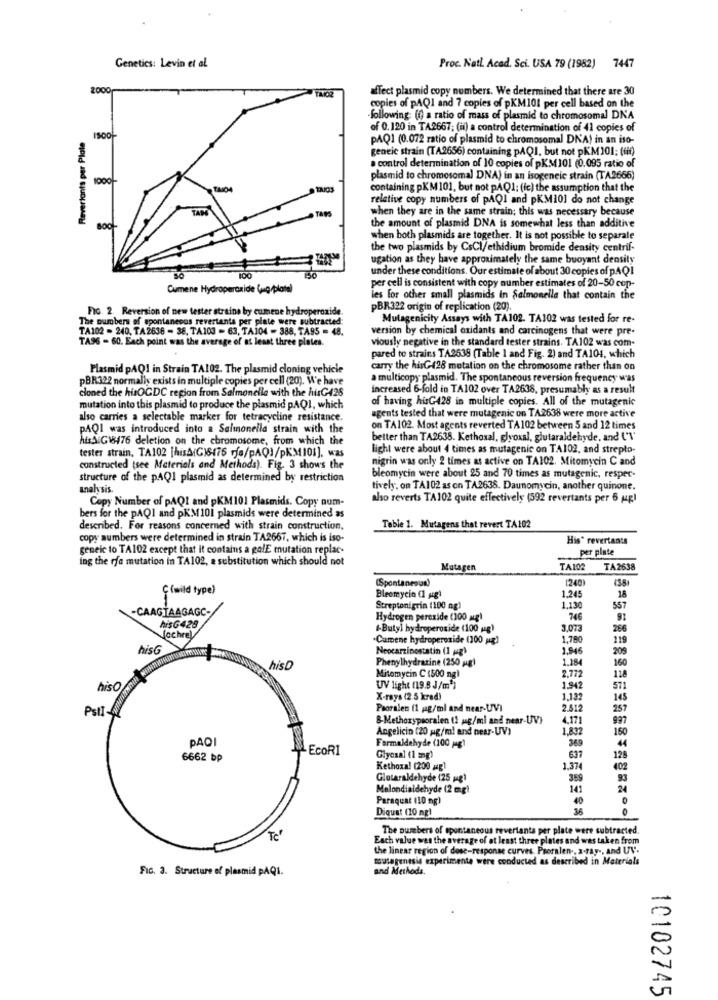
Genetics: Levin et al
Proc. Natl. Acad. Sci. USA 79 (1982) 7447
affect plasmid copy numbers. We determined that there are 30
copies of pAQI and 7 copies of pKM101 per cell based on the
-following (f) a ratio of mass of plasmid to chromosomal DNA
Revertants per Plate
of 0.120 in TA2667; (ii) a control determination of 41 copies of
PAQ1 (0.072 ratio of plasmid to chromosomal DNA) in an iso-
geneic strain (TA2656) containing pAQI, but not pKM101: (tff)
. control determination of 10 copies of pKM4101 (0.095 ratio of
1000-
plasmid to chromosomal DNA) in an isogeneic strain (TA2666)
TRICE
containing pKM 101, but not pAQ1; (fc) the assumption that the
relative copy numbers of pAQI and pKM101 do not change
when they are in the same strain; this was necessary because
the amount of plasmid DNA is somewhat less than additive
when both plasmids are together. It is not possible to separate
the two plasmids by CsCl/ethidium bromide density centrif-
ugation as they have approximately the same buoyant density
under these conditions. Our estimate of about 30 copies of PAQ1
per cell is consistent with copy number estimates of 20-50 cop-
Cumene Hydroperoxide (g/platel
les for other small plasmids in Salmonella that contain the
FIG. 2. Reversion of new tester strains by cumene hydroperoxide
PBR322 origin of replication (20).
The numbers of spontaneoos revertants per plate were subtracted:
Mutagenicity Assays with TA102. TA102 was tested for re-
TA102 - 240, TA2638 - 38, TA103 - 63, TAJ04 - 388, TA95 - 48.
version by chemical oxidants and carcinogens that were pre.
TA96 - 60. Each point was the average of at least three plates.
viously negative in the standard tester strains. TA102 was com-
pared to strains TA2638 (Table 1 and Fig. 2) and TA104, which
Plasmid PAQ1 in Strain TAI02. The plasmid cloning vehicle
carry the hisG428 mutation on the chromosome rather than on
pBR322 normally exists in multiple copies per cell (20). We have
a multicopy plasmid. The spontaneous reversion frequency was
cloned the husOGDC region from Salmonelle with the hisG428
increased 6-fold in TA102 over TA2638, presumably as a result
of having hisG428 in multiple copies. All of the mutagenic
mutation into this plasmid to produce the plasmid pAQ1, which
also carries a selectable marker for tetracycline resistance.
agents tested that were mutagenic on TA2638 were more active
PAQI was introduced into a Salmonella strain with the
on TA102. Most agents reverted TA102 between 5 and 12 times
hisSIG18476 deletion on the chromosome, from which the
better than TA2638. Kethoxal, glyoxal, glutaraldehyde, and ("\'
tester strain, TA102 [hisA(G)6476 rfa/PAQ]/pKM101], was
light were about 4 times as mutagenic on TA102, and strepto-
nigrin was only 2 times as active on TA102. Mitomycin C and
constructed (see Materials and Methods). Fig. 3 shows the
structure of the pAQ1 plasmid as determined by restriction
bleomycin were about 25 and 70 times as mutagenic, respec-
analy sis.
tively, on TA102 as on TA2638. Daunomycin, another quinone.
Copy Number of pAQI and pKM 101 Plasmids. Copy num-
also reverts TA102 quite effectively (592 revertants per 6 up)
bers for the pAQ1 and pKM101 plasmids were determined as
described. For reasons concerned with strain construction.
Toble 1. Mutagens that revert TA102
copy numbers were determined in strain TA2667, which is iso-
His' revertants
geneic to TA102 except that it contains a galE mutation replac-
per plate
ing the rfe mutation in TA102, a substitution which should not
Mutagen
TA102
TA2638
(Spontaneous)
[240)
(38
C(wild type)
Bleomycin (1 gg)
1.245
18
CAAGTAAGAGC-
Streptonigrin (100 ng)
1.130
557
Hydrogen peroxide (100 mg)
746
hisG428
&-Butyl hydroperoxide (100 (g)
3.07
286
[ochre)
Camene hydroperoxide (200 pg)
.
1,780
119
Bisc
Neocarzinestatin (1 pg)
1.944
209
Phenylhydratine (250 ag)
1.184
160
hisD
2,772
Mitomycin C (500 ng
118
hisO
UV light (19.8 J/m']
1.942
571
X-rays (2 5 kred)
1.132
145
Psit-
Pooralen (1 jag/ml and near-UV)
2.512
257
&-Methoxypsoralen (1 mg/ml and near-UV)
4,171
997
Angelicin (20 pg/ml and pear-UV)
1.832
150
PADI
369
EcoRI
Formaldehyde (100 jag)
637
6662 bp
Glyoxal (1 mg)
128
Kethoxal (200 g)
1.37
402
Glutaraldehyde (25 mg1
369
93
Melondialdehyde (2 mg)
141
24
Paraquat (10 mg)
40
Diquat (10 ng)
36
The numbers of spontaneous revertanta per plate were subtracted.
"To"
Each value wes the average of at least three plates and was taken from
the linear region of dose-response curves. Psoralen -, x-ray ., and UV.
mutagenesis experimenta were conducted as described in Materials
Fic. 3. Structure of plasmid PAQi.
and Methods.
10102745